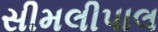
સીમલીપાલ